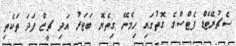
ސެޗުރޭޓެޑް ފެޓްސްގެ ގޮތުގައި ހިމެނޭ ގިތެޔޮ ބަޓަރު އަދި ޗީޒް ފަދަ ތަކެތި